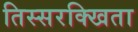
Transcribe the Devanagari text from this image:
तिस्सरक्खिता